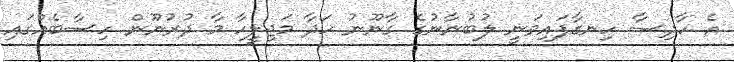
އެ ހާދިސާ ހިނގާފައިވަނީ ލުބުނާނުގެ ގާނޫނު ހަދާ މަޖިލީހާ މާ ދުރުނޫން ހިސާބެއްގައި